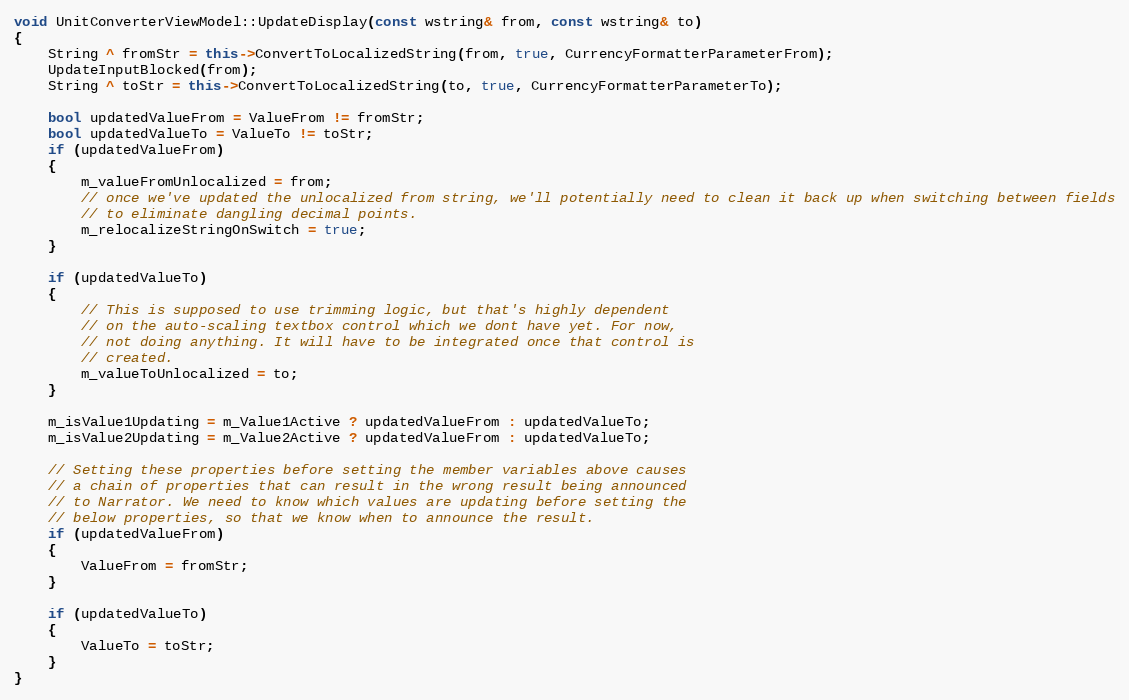
Language: C++
void UnitConverterViewModel::UpdateDisplay(const wstring& from, const wstring& to)
{
    String ^ fromStr = this->ConvertToLocalizedString(from, true, CurrencyFormatterParameterFrom);
    UpdateInputBlocked(from);
    String ^ toStr = this->ConvertToLocalizedString(to, true, CurrencyFormatterParameterTo);

    bool updatedValueFrom = ValueFrom != fromStr;
    bool updatedValueTo = ValueTo != toStr;
    if (updatedValueFrom)
    {
        m_valueFromUnlocalized = from;
        // once we've updated the unlocalized from string, we'll potentially need to clean it back up when switching between fields
        // to eliminate dangling decimal points.
        m_relocalizeStringOnSwitch = true;
    }

    if (updatedValueTo)
    {
        // This is supposed to use trimming logic, but that's highly dependent
        // on the auto-scaling textbox control which we dont have yet. For now,
        // not doing anything. It will have to be integrated once that control is
        // created.
        m_valueToUnlocalized = to;
    }

    m_isValue1Updating = m_Value1Active ? updatedValueFrom : updatedValueTo;
    m_isValue2Updating = m_Value2Active ? updatedValueFrom : updatedValueTo;

    // Setting these properties before setting the member variables above causes
    // a chain of properties that can result in the wrong result being announced
    // to Narrator. We need to know which values are updating before setting the
    // below properties, so that we know when to announce the result.
    if (updatedValueFrom)
    {
        ValueFrom = fromStr;
    }

    if (updatedValueTo)
    {
        ValueTo = toStr;
    }
}